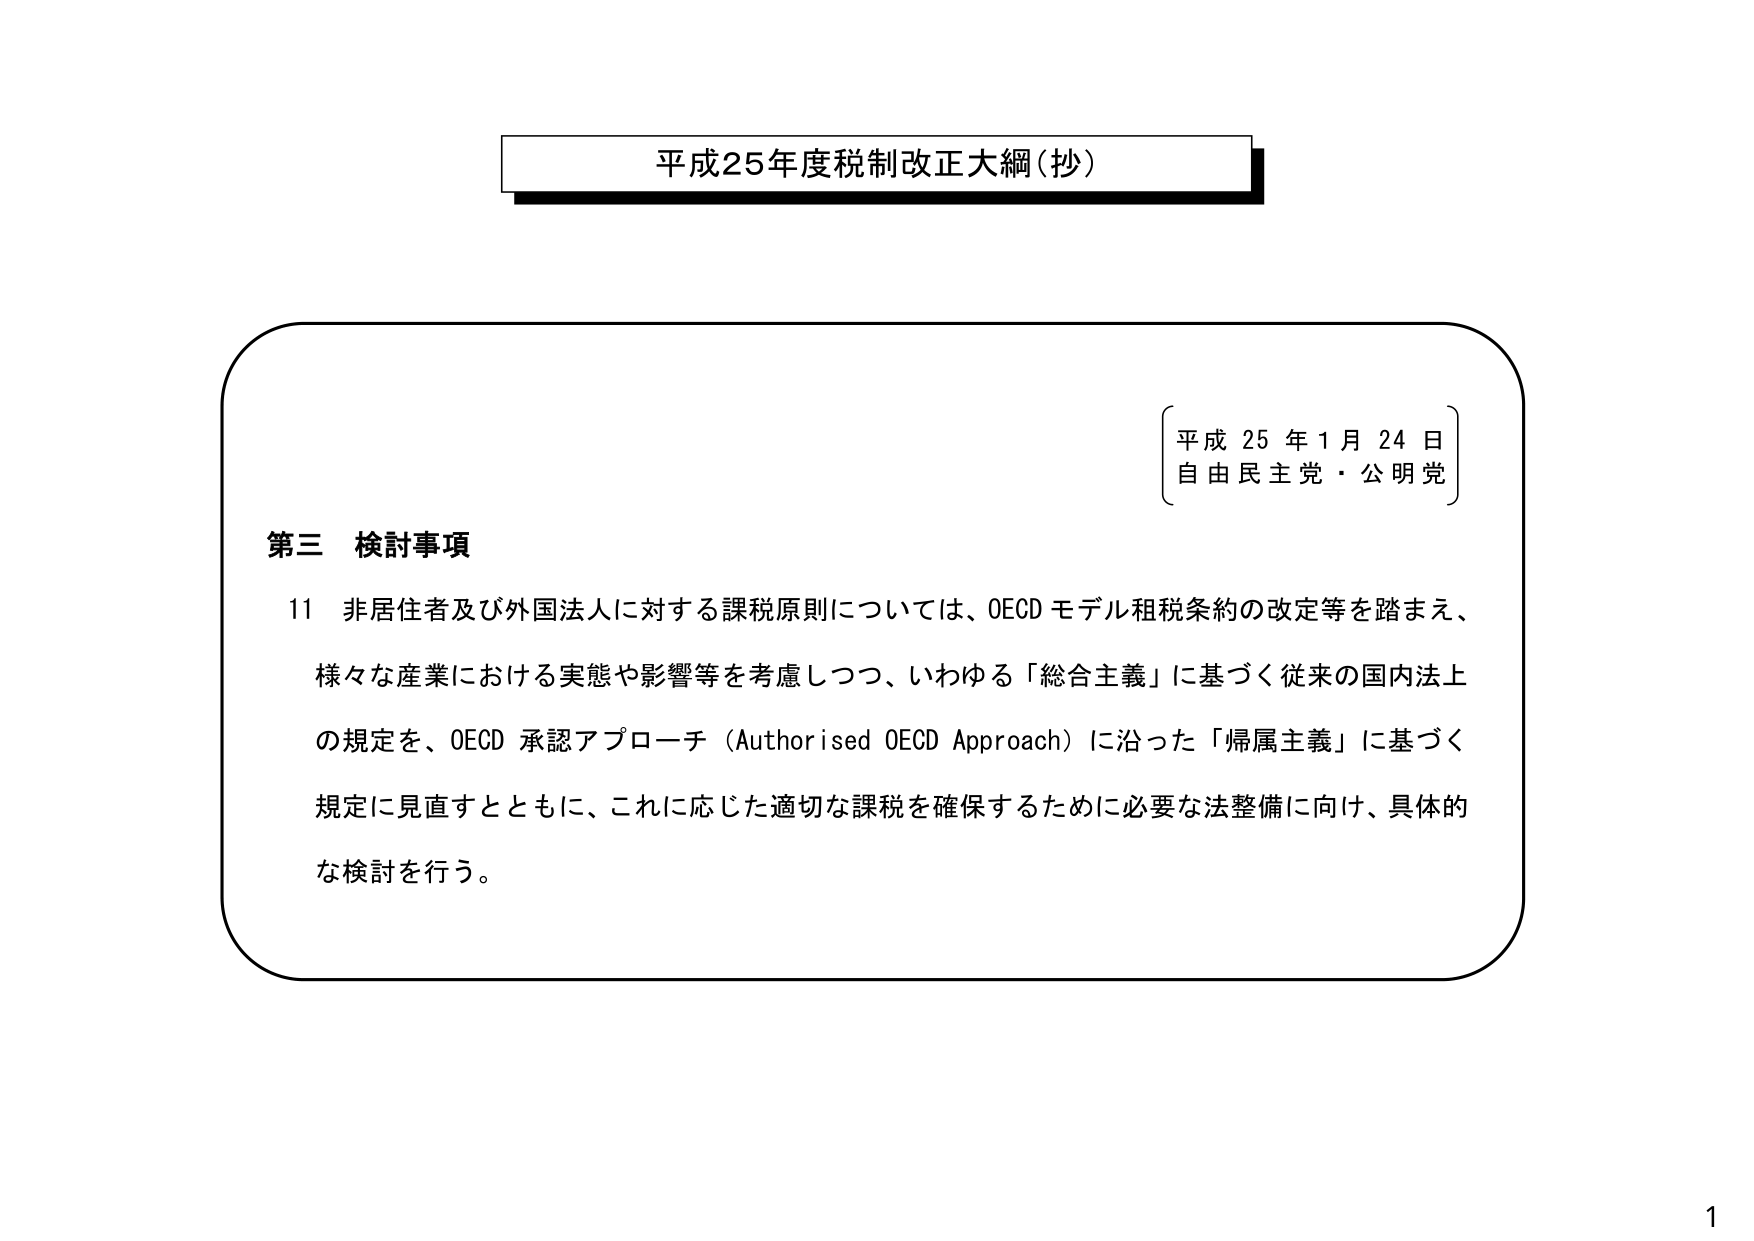
平成25年度税制改正大綱（抄）

平成25年1月24日
自由民主党・公明党

第三 検討事項

11 非居住者及び外国法人に対する課税原則については、OECDモデル租税条約の改定等を踏まえ、
様々な産業における実態や影響等を考慮しつつ、いわゆる「総合主義」に基づく従来の国内法上
の規定を、OECD承認アプローチ（Authorised OECD Approach）に沿った「帰属主義」に基づく
規定に見直すとともに、これに応じた適切な課税を確保するために必要な法整備に向け、具体的
な検討を行う。

1